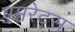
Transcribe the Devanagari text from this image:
एमरेट्स